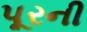
પૂરની